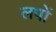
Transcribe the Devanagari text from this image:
लपों